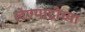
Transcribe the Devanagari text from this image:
लेण्याद्रीच्या